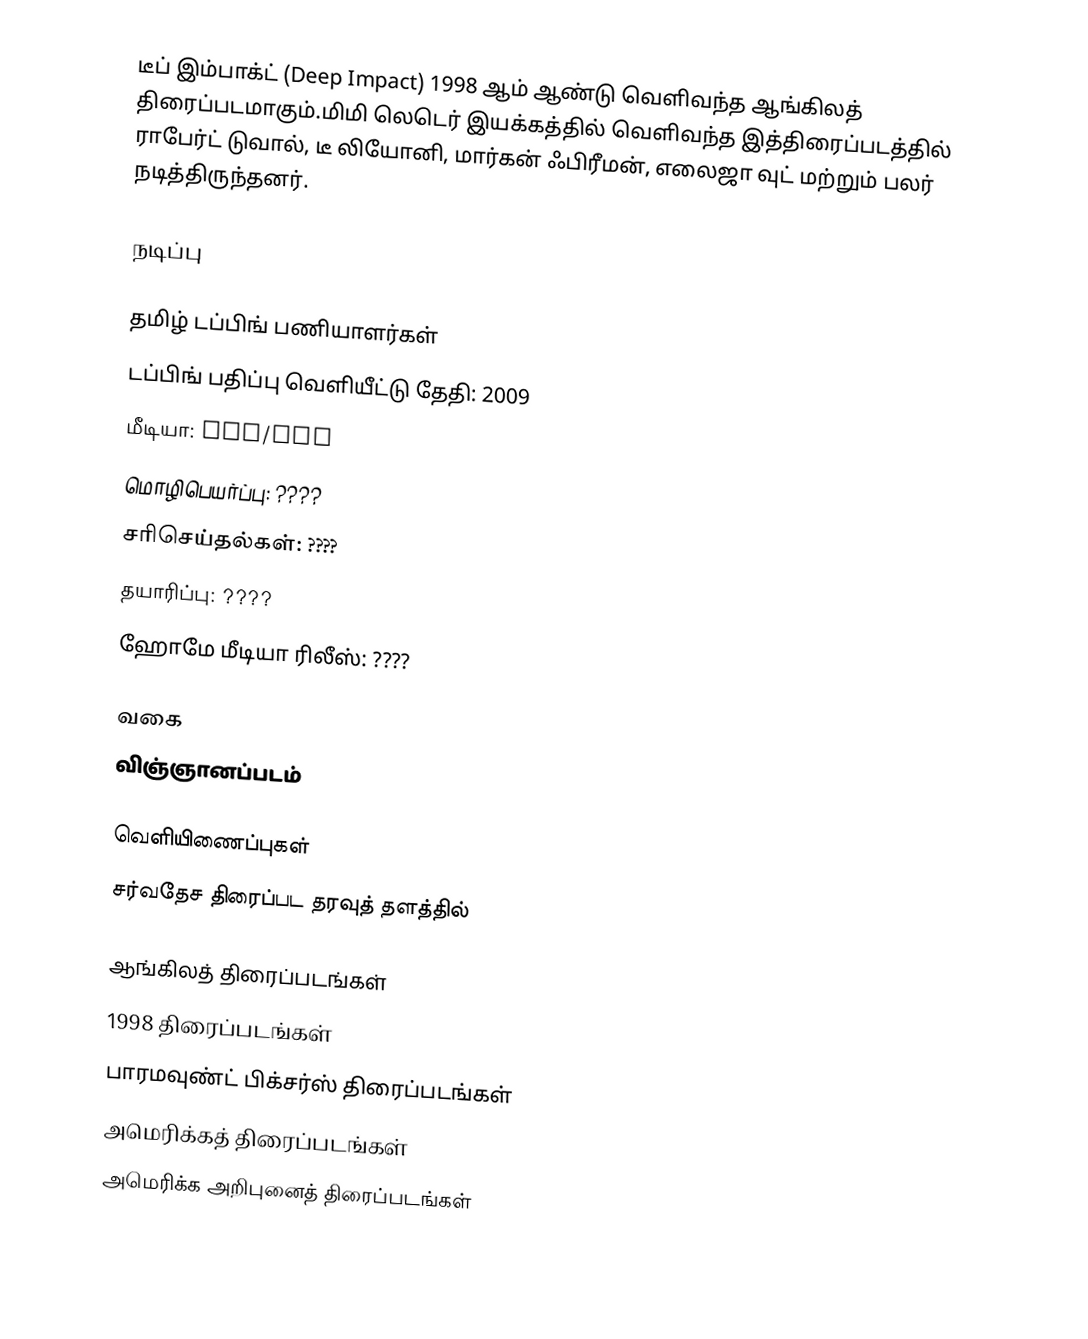
டீப் இம்பாக்ட் (Deep Impact) 1998 ஆம் ஆண்டு வெளிவந்த ஆங்கிலத் திரைப்படமாகும்.மிமி லெடெர் இயக்கத்தில் வெளிவந்த இத்திரைப்படத்தில் ராபேர்ட் டுவால், டீ லியோனி, மார்கன் ஃபிரீமன், எலைஜா வுட் மற்றும் பலர் நடித்திருந்தனர்.

நடிப்பு

தமிழ் டப்பிங் பணியாளர்கள்
டப்பிங் பதிப்பு வெளியீட்டு தேதி: 2009
மீடியா: VCD/DVD
மொழிபெயர்ப்பு: ????
சரிசெய்தல்கள்: ????
தயாரிப்பு: ????
ஹோமே மீடியா ரிலீஸ்: ????

வகை
விஞ்ஞானப்படம்

வெளியிணைப்புகள்
 சர்வதேச திரைப்பட தரவுத் தளத்தில்

ஆங்கிலத் திரைப்படங்கள்
1998 திரைப்படங்கள்
பாரமவுண்ட் பிக்சர்ஸ் திரைப்படங்கள்
அமெரிக்கத் திரைப்படங்கள்
அமெரிக்க அறிபுனைத் திரைப்படங்கள்